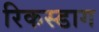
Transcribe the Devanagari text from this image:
रिकस्डाग